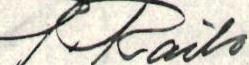
R. Railo